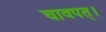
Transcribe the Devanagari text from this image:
चावपत्।